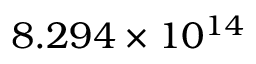
8 . 2 9 4 \times 1 0 ^ { 1 4 }